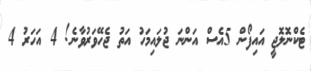
ޓެކްނޮލޮޖީ އައިފޯން 5އެސް އަންނަ ޖުލައިމަހު އަތު ޖެހޭވަރުވާނެ! 4 އަހަރު 4